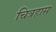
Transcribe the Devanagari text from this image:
चित्रहास